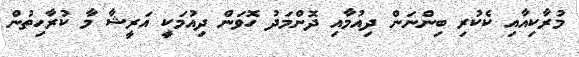
މުރާކިއާއި ކެކުރި ބިންނަން ދިއުމާއި ދޮންމަދު ހޮވަން ދިއުމަކީ އަރީޝާ މާ ކުރާހިތުން